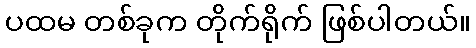
ပထမ တစ်ခုက တိုက်ရိုက် ဖြစ်ပါတယ်။